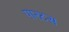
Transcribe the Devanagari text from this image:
पारटस